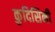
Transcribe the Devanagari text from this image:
कुदिसिनी